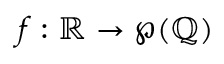
f : \mathbb { R } \to \wp ( \mathbb { Q } )